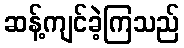
ဆန့်ကျင်ခဲ့ကြသည်